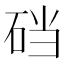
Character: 𱳹